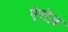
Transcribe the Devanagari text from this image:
ऐरोज़